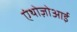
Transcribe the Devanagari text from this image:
एंथोज़ोआई